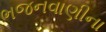
ભજનવાણીના